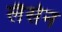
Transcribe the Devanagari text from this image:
लैसेन